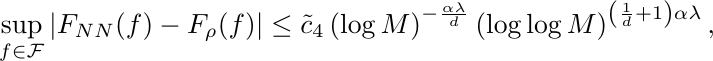
	\begin{equation*}
		\sup_{f\in \mathcal{F}} |F_{NN}(f)-F_{\rho}(f)| \leq \tilde{c}_4 \left(\log M\right)^{-\frac{\alpha\lambda}{d}}  \left(\log\log 		M\right)^{\left(\frac{1}{d}+1\right) \alpha\lambda},
	\end{equation*}